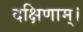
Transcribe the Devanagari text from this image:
दक्षिणाम्‌।